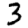
Digit: 3